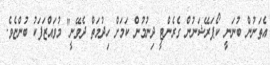
އެތަނުން ބުނަނީ ކޯޕަރޭޝަނުން ގެރެންޓީ ދިނުމުން ކަމަށް ހިދުމަތް ދެވޭނީ" މުވައްޒަފަކު ބުންޏެވެ.